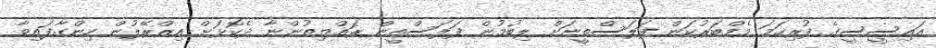
އައިސީސީގެ ފުރިހަމަ މެމްބަރުކަން ފަލަސްތީނަށް ލިބުމުން ފަލަސްތީން ރައްޔިތުންނާ ދެކޮޅަށް އިޒްރޭލުން ހިންގާފައިވާ